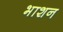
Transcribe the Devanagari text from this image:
भाशन